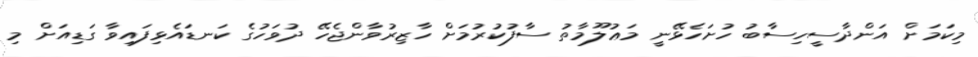
މިކަމަށް އަންދާސީހިސާބު ހުށަހެޅޭނީ މަޢުލޫމާތު ސާފުކުރުމަށް ހާޒިރުވާންޖެހޭ ދުވަހުގެ ކަނޑައެޅިފައިވާ ގަޑިއަށް މި